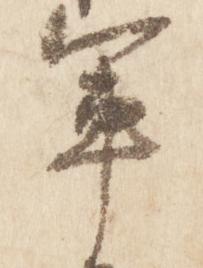
軍